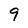
Character: 9